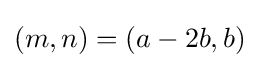
(m,n)=(a-2b,b)